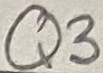
Text: Q3